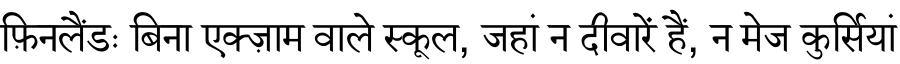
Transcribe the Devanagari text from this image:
फ़िनलैंडः बिना एक्ज़ाम वाले स्कूल, जहां न दीवारें हैं, न मेज कुर्सियां